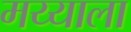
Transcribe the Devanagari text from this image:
मय्याला